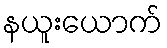
နယူးယောက်